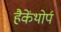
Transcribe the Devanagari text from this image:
हैकेंथोर्प